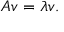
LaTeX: A v = \lambda v .